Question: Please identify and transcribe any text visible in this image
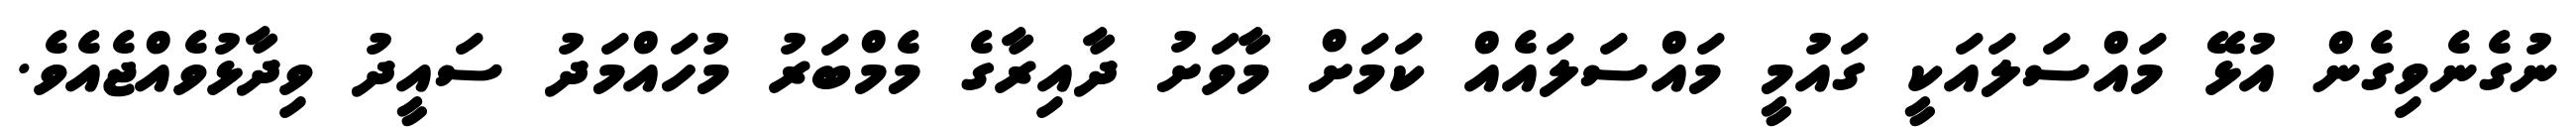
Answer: ނުގެނެވިގެން އުޅޭ މައްސަލައަކީ ގައުމީ މައްސަލައެއް ކަމަށް މާވަށު ދާއިރާގެ މެމްބަރު މުހައްމަދު ސައީދު ވިދާޅުވެއްޖެއެވެ.